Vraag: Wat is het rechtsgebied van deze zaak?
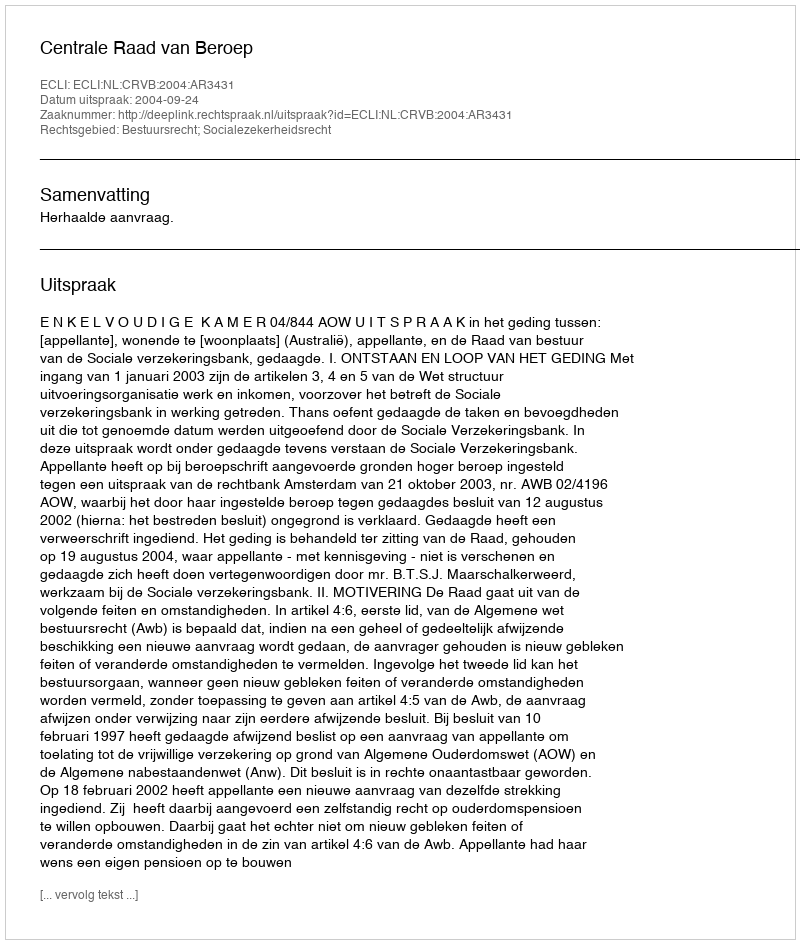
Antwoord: Bestuursrecht; Socialezekerheidsrecht